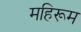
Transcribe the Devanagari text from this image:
महिरूम